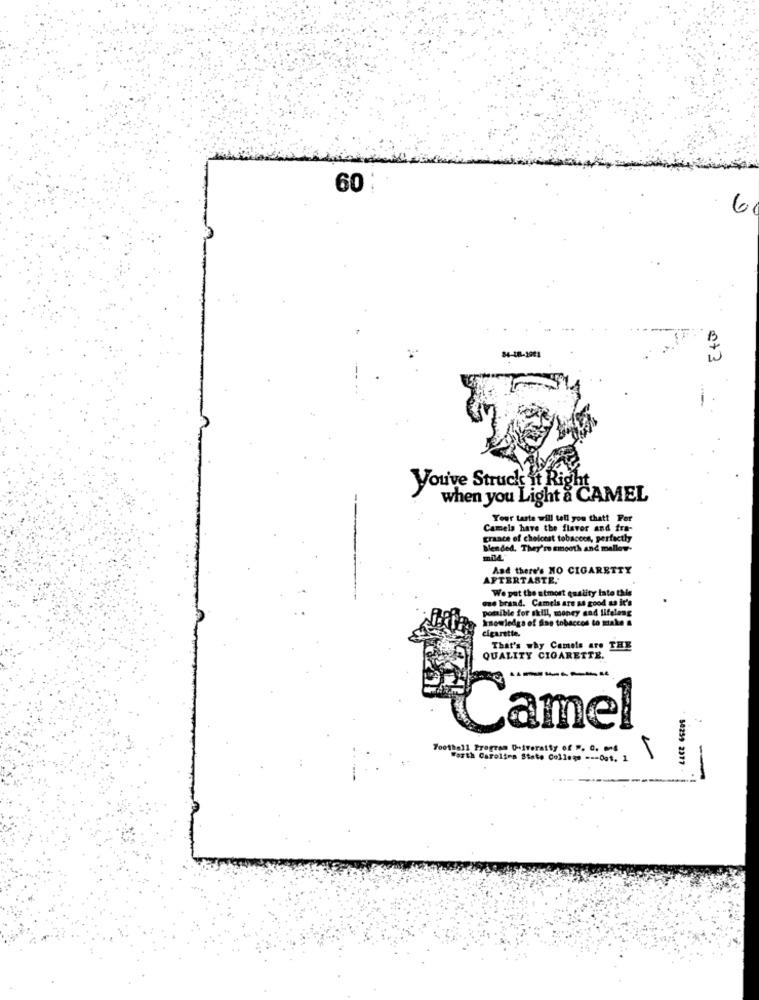
60
6
84-48-2941
0+3
you've Struck it Right
when you Light & CAMEL
Your taste will tell you thatt Per
Camels have the flavor and fra-
craace of choicest tobaccos, perfectly
Mended. They're smooth and malloy-
And there's NO CIGARETTY
AFTERTASTE,
We put the utmost quality late this
we brand. Camels are as good as it's
possible for skill, money and lifelong
knowledge of fine tobaccos to stake a
cigarette.
That's why Camels are
THY
QUALITY CIGARETTE.
LLCE GEZDS
Camel
700thall Program Diversity of #. 0. ms
Forth Carolina State College --- Det. 1
-